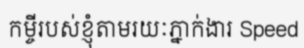
កម្ចីរបស់ខ្ញុំតាមរយៈភ្នាក់ងារ Speed